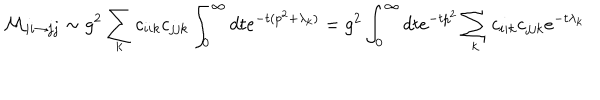
{ \cal M } _ { i i \rightarrow j j } \sim g ^ { 2 } \sum _ { k } c _ { i i k } c _ { j j k } \int _ { 0 } ^ { \infty } d t e ^ { - t ( p ^ { 2 } + \lambda _ { k } ) } = g ^ { 2 } \int _ { 0 } ^ { \infty } d t e ^ { - t p ^ { 2 } } \sum _ { k } c _ { i i k } c _ { j j k } e ^ { - t \lambda _ { k } }